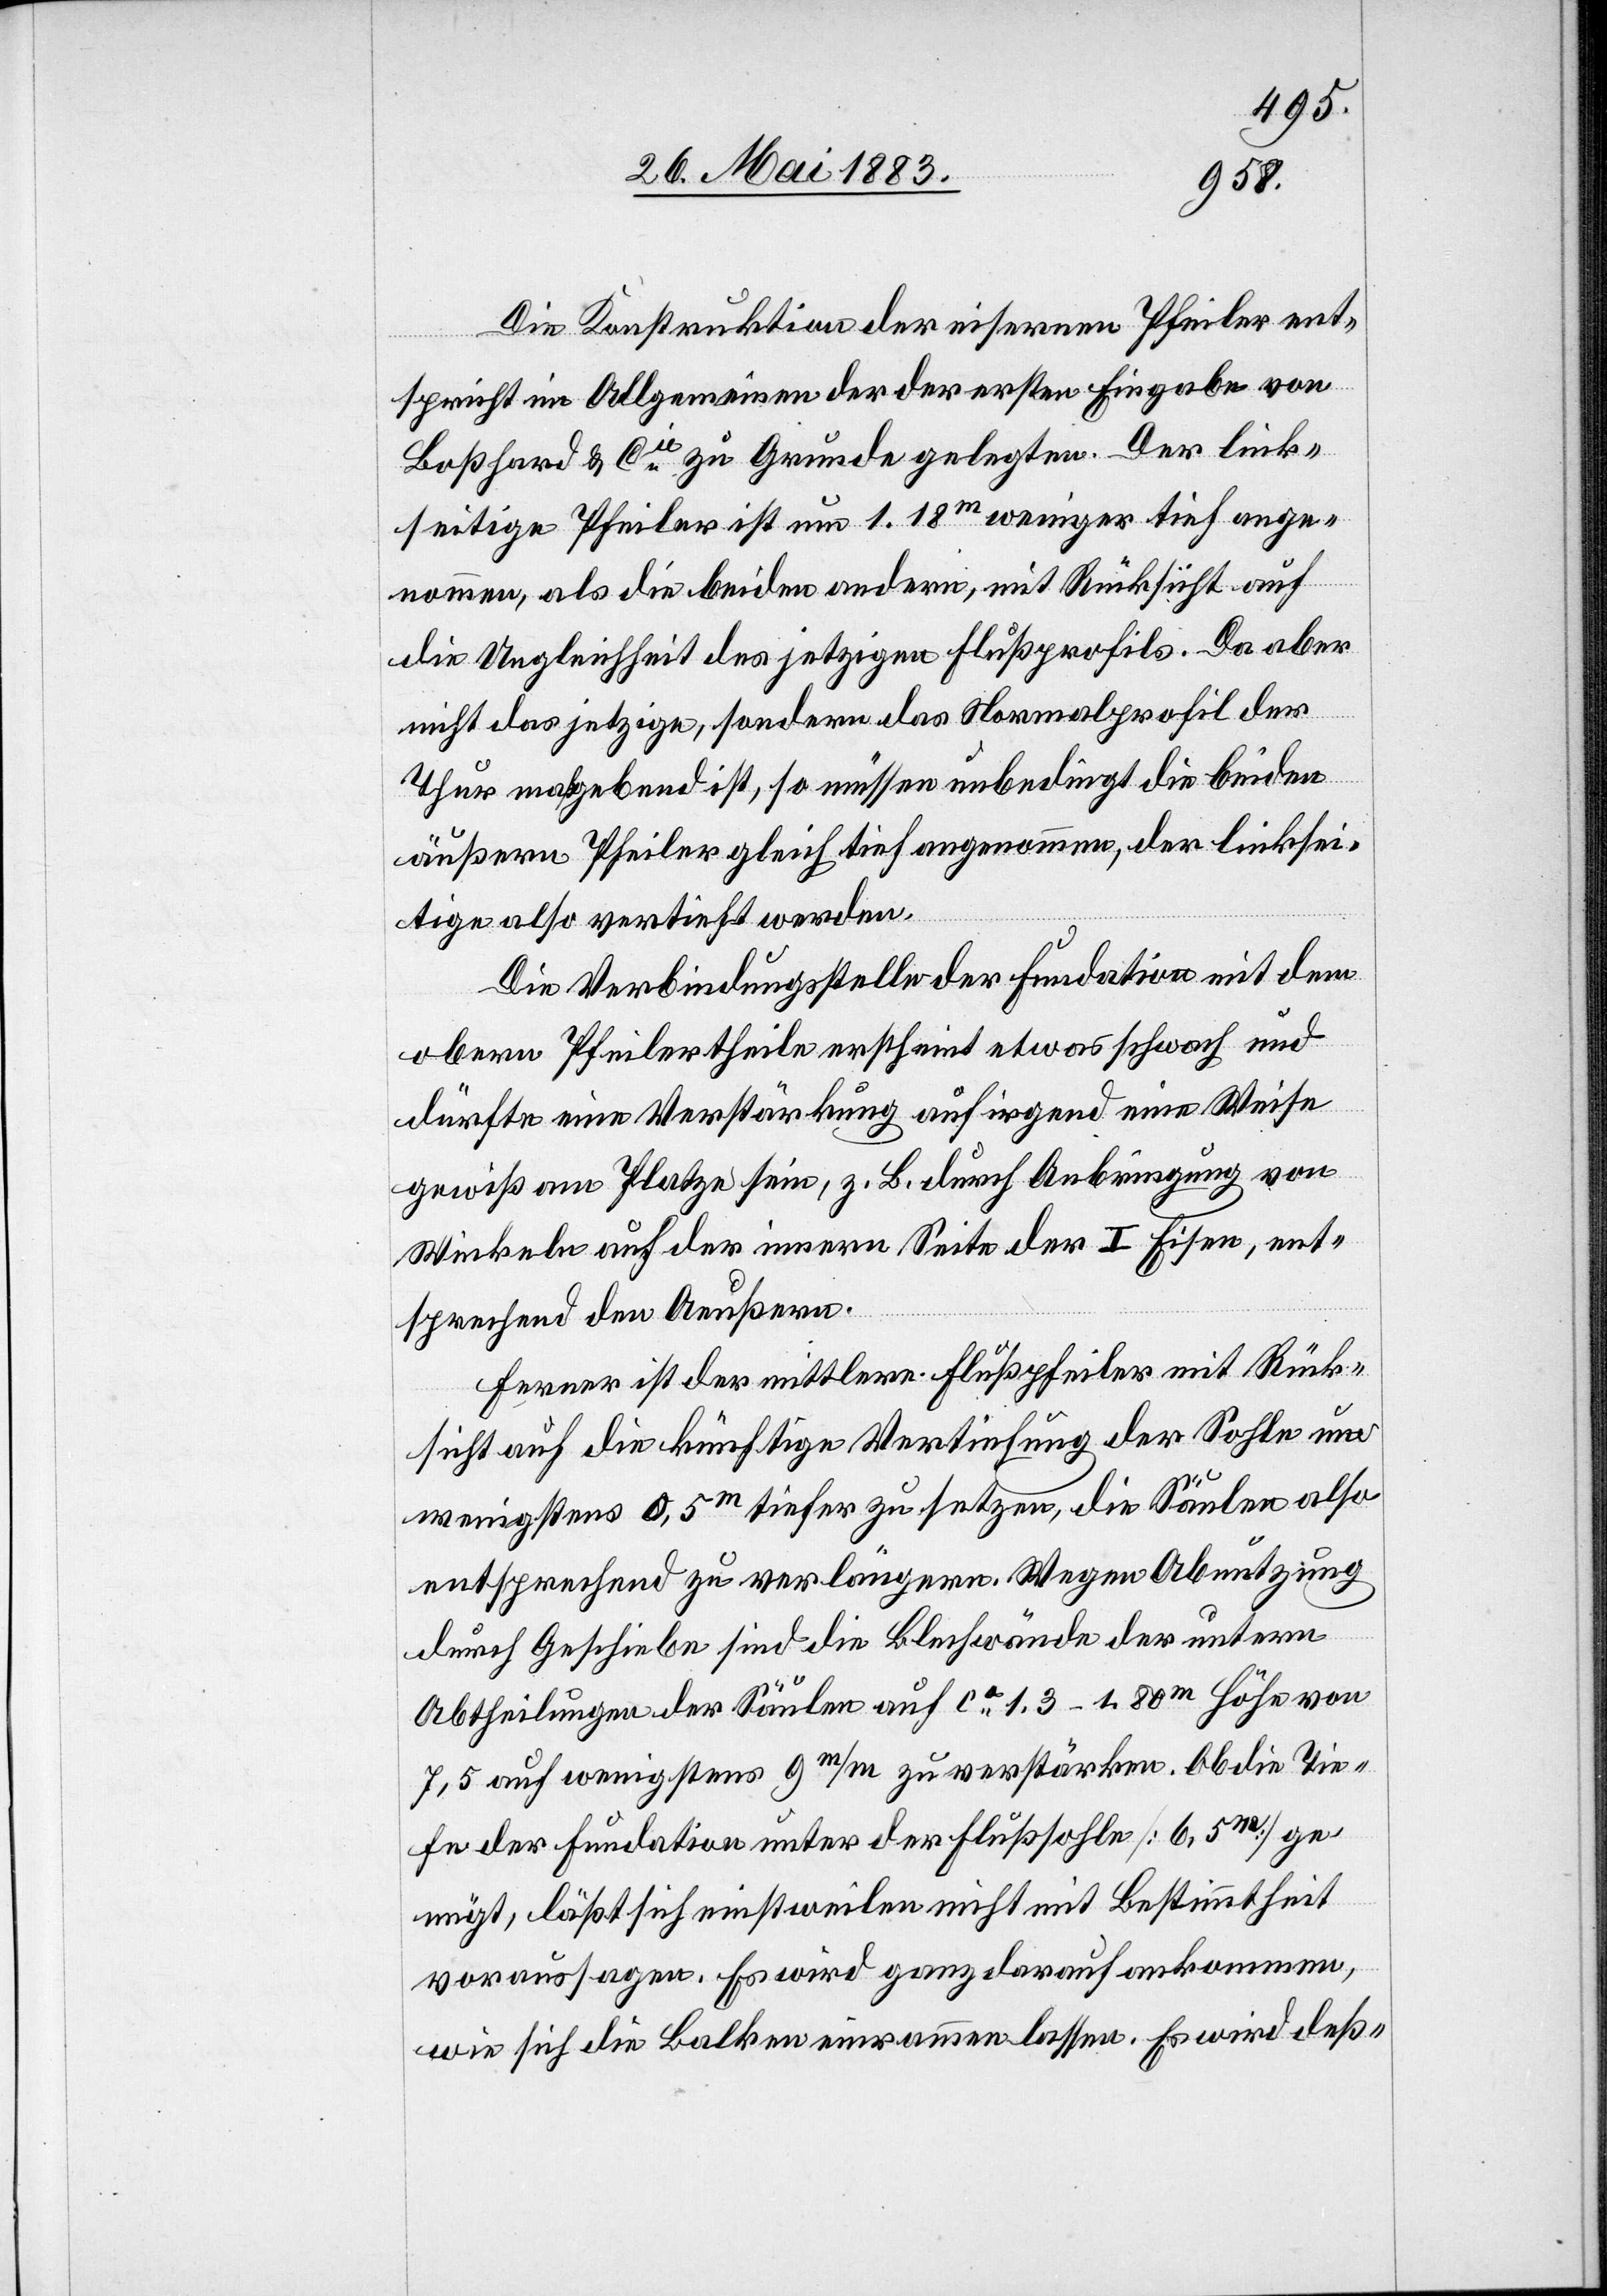
Die Konstruktion der eisernen Pfeiler ent¬
spricht im Allgemeinen der der ersten Eingabe von
Boßhard & Cie zu Grunde gelegten. Der link¬
seitige Pfeiler ist um 1.18m weniger tief ange¬
nommen, als die beiden andern, mit Rücksicht auf
die Ungleichheit des jetzigen Flußprofils. Da aber
nicht das jetzige, sondern das Normalprofil der
Thur maßgebend ist, so müssen unbedingt die beiden
äußern Pfeiler gleich tief angenommen, der linksei¬
tige also vertieft werden.
Die Verbindungsstelle der Fundation mit dem
obern Pfeilertheile erscheint etwas schwach und
dürfte eine Verstärkung auf irgend eine Weise
gewiß am Platze sein, z. B. durch Anbringung von
Winkeln auf der innern Seite der I Eisen, ent¬
sprechend den Aeußern.
Ferner ist der mittlere Flußpfeiler mit Rück¬
sicht auf die künftige Vertiefung der Sohle um
wenigstens 0,5m tiefer zu setzen, die Säulen also
entsprechend zu verlängern. Wegen Abnutzung
durch Geschiebe sind die Blechwände der untern
Abtheilungen der Säulen auf ca 1.3–1.8m Höhe von
7,5 auf wenigstens 9m/m zu verstärken. Ob die Tie¬
fe der Fundation unter der Flußsohle [6,5m] ge¬
nügt, läßt sich einstweilen nicht mit Bestimmtheit
voraussagen. Es wird ganz darauf ankommen,
wie sich die Balken einraumen lassen. Es wird deß-